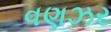
વણઝર